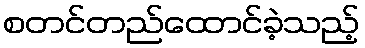
စတင်တည်ထောင်ခဲ့သည့်